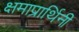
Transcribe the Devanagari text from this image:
क्षमाप्रार्थिनी